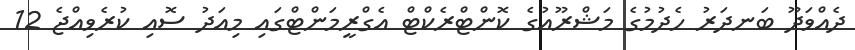
ދެއްވަދޫ ބަނދަރު ހެދުމުގެ މަޝްރޫއުގެ ކޮންޓްރެކްޓް އެގްރީމަންޓްގައި މިއަދު ސޮއި ކުރެވިއްޖެ 12